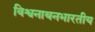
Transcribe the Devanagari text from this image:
विश्वनाथनभारतीय